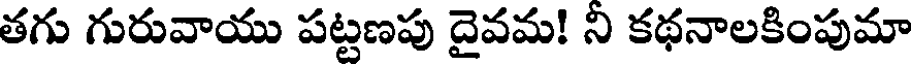
తగు గురువాయు పట్టణపు దైవమ! ని కథనాలకింపుమా